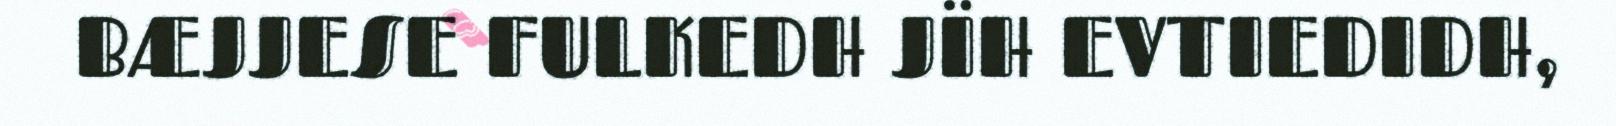
BÆJJESE FULKEDH JÏH EVTIEDIDH,